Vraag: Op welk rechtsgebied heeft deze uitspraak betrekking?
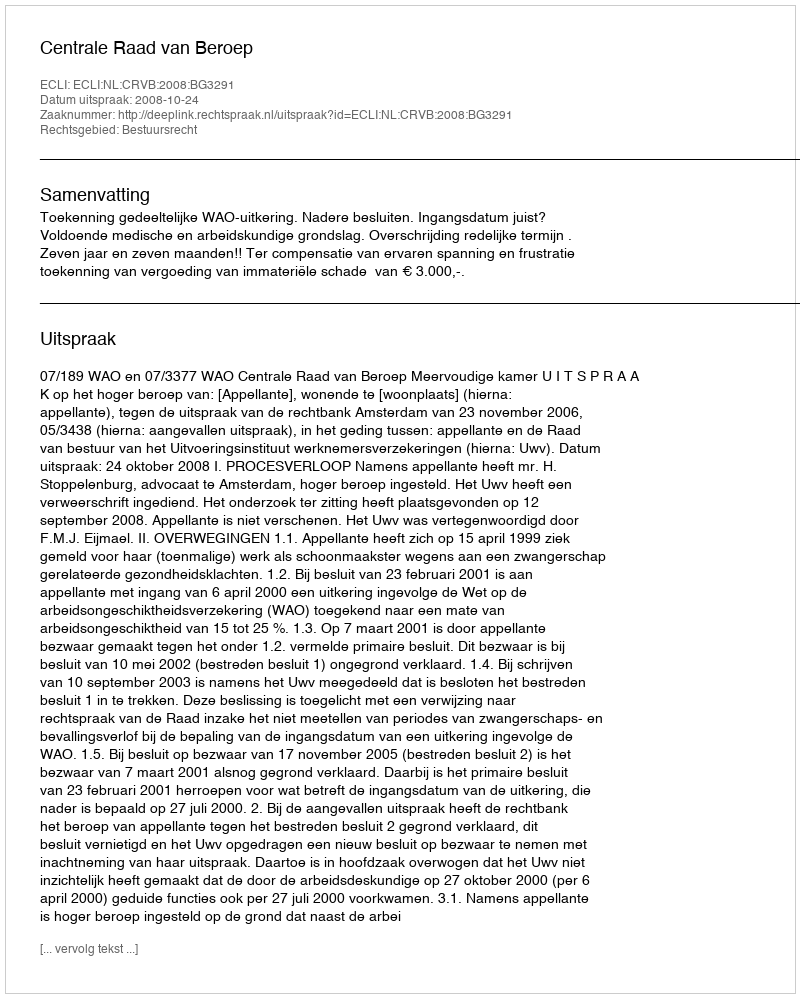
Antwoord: Bestuursrecht